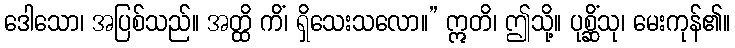
ဒေါသော၊ အပြစ်သည်။ အတ္ထိ ကိံ၊ ရှိသေးသလော။” ဣတိ၊ ဤသို့။ ပုစ္ဆိံသု၊ မေးကုန်၏။